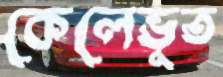
কেলেভূত